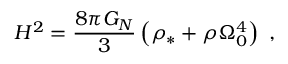
H ^ { 2 } = \frac { 8 \pi G _ { N } } { 3 } \left( \rho _ { * } + \rho \Omega _ { 0 } ^ { 4 } \right) \mathrm { ~ , }